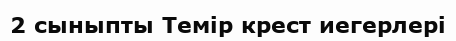
2 сыныпты Темір крест иегерлері